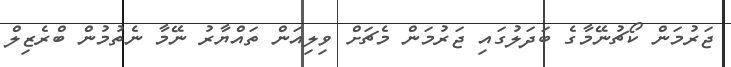
ޖަރުމަން ކޯޗުނޭމާގެ ބަދަލުގައި ޖަރުމަން މެޗަށް ވިލިއަން ތައްޔާރު ނޭމާ ނެތުމުން ބްރެޒިލް